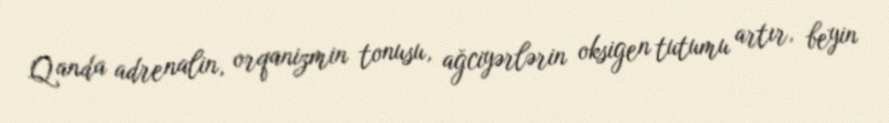
Qanda adrenalin, orqanizmin tonusu, ağciyərlərin oksigen tutumu artır, beyin